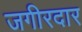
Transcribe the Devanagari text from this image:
जगीरदार